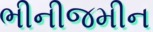
ભીનીજમીન